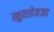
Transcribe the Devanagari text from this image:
खुराडेवजा